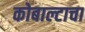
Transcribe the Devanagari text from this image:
कोबाल्टाचा